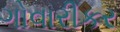
ગોવારીકર